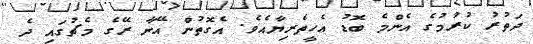
ދަތުރު ކުރުމުގެ އެންމެ ބޮޑު އެހީތެރިޔާއެވެ. އެގޮތުން އޭނާ ރޭގެ މެޗުގައި ދެ